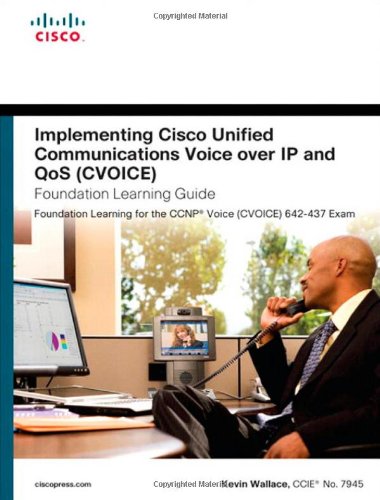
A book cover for Implementing Cisco Unified Communications Voice over IP and QoS (Cvoice) Foundation Learning Guide: (CCNP Voice CVoice 642-437) (4th Edition) (Foundation Learning Guides); Kevin Wallace; Computers & Technology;